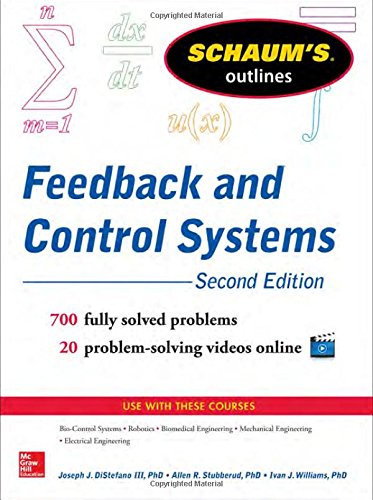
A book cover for Schaum's Outline of Feedback and Control Systems, 2nd Edition (Schaum's Outlines); Joseph Distefano III; Test Preparation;